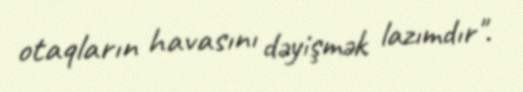
otaqların havasını dəyişmək lazımdır".